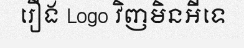
រឿង Logo វិញមិនអីទេ